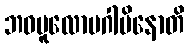
ဘဝမူလောပဂါမိနောတိ